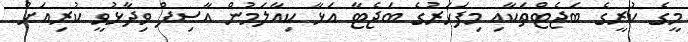
މީގެ ކުރީގެ ބަޖެޓްތަކާއި މިފަހަރުގެ ބަޖެޓާ އަޅާ ކިއާލަމުން އާސިފް ވިދާޅުވީ ކުރިއަށް